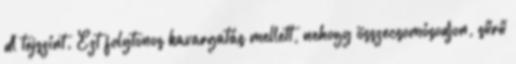
dl tejszínt. Ezt folytonos kavargatás mellett, nehogy összecsomósodjon, sűrű